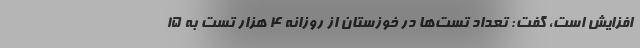
افزایش است، گفت: تعداد تست‌ها در خوزستان از روزانه ۴ هزار تست به ۱۵